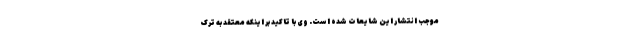
موجب انتشار این شایعات شده است. وی با تاکید بر اینکه معتقد به ترک